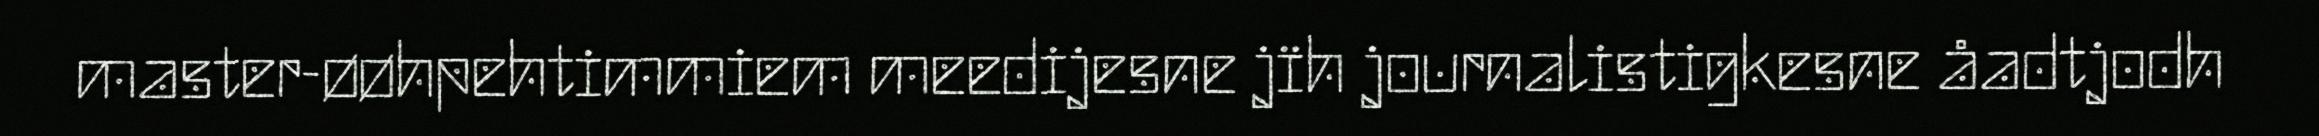
master-øøhpehtimmiem meedijesne jïh journalistigkesne åadtjodh